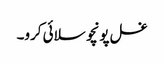
غسل پونچو سلائی کرو۔